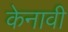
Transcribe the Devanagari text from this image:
केनावी